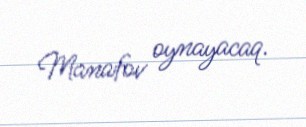
Manafov oynayacaq.